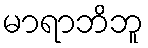
မာရာဘိဘူ